Heimtali_vallavalitsus, lk 48
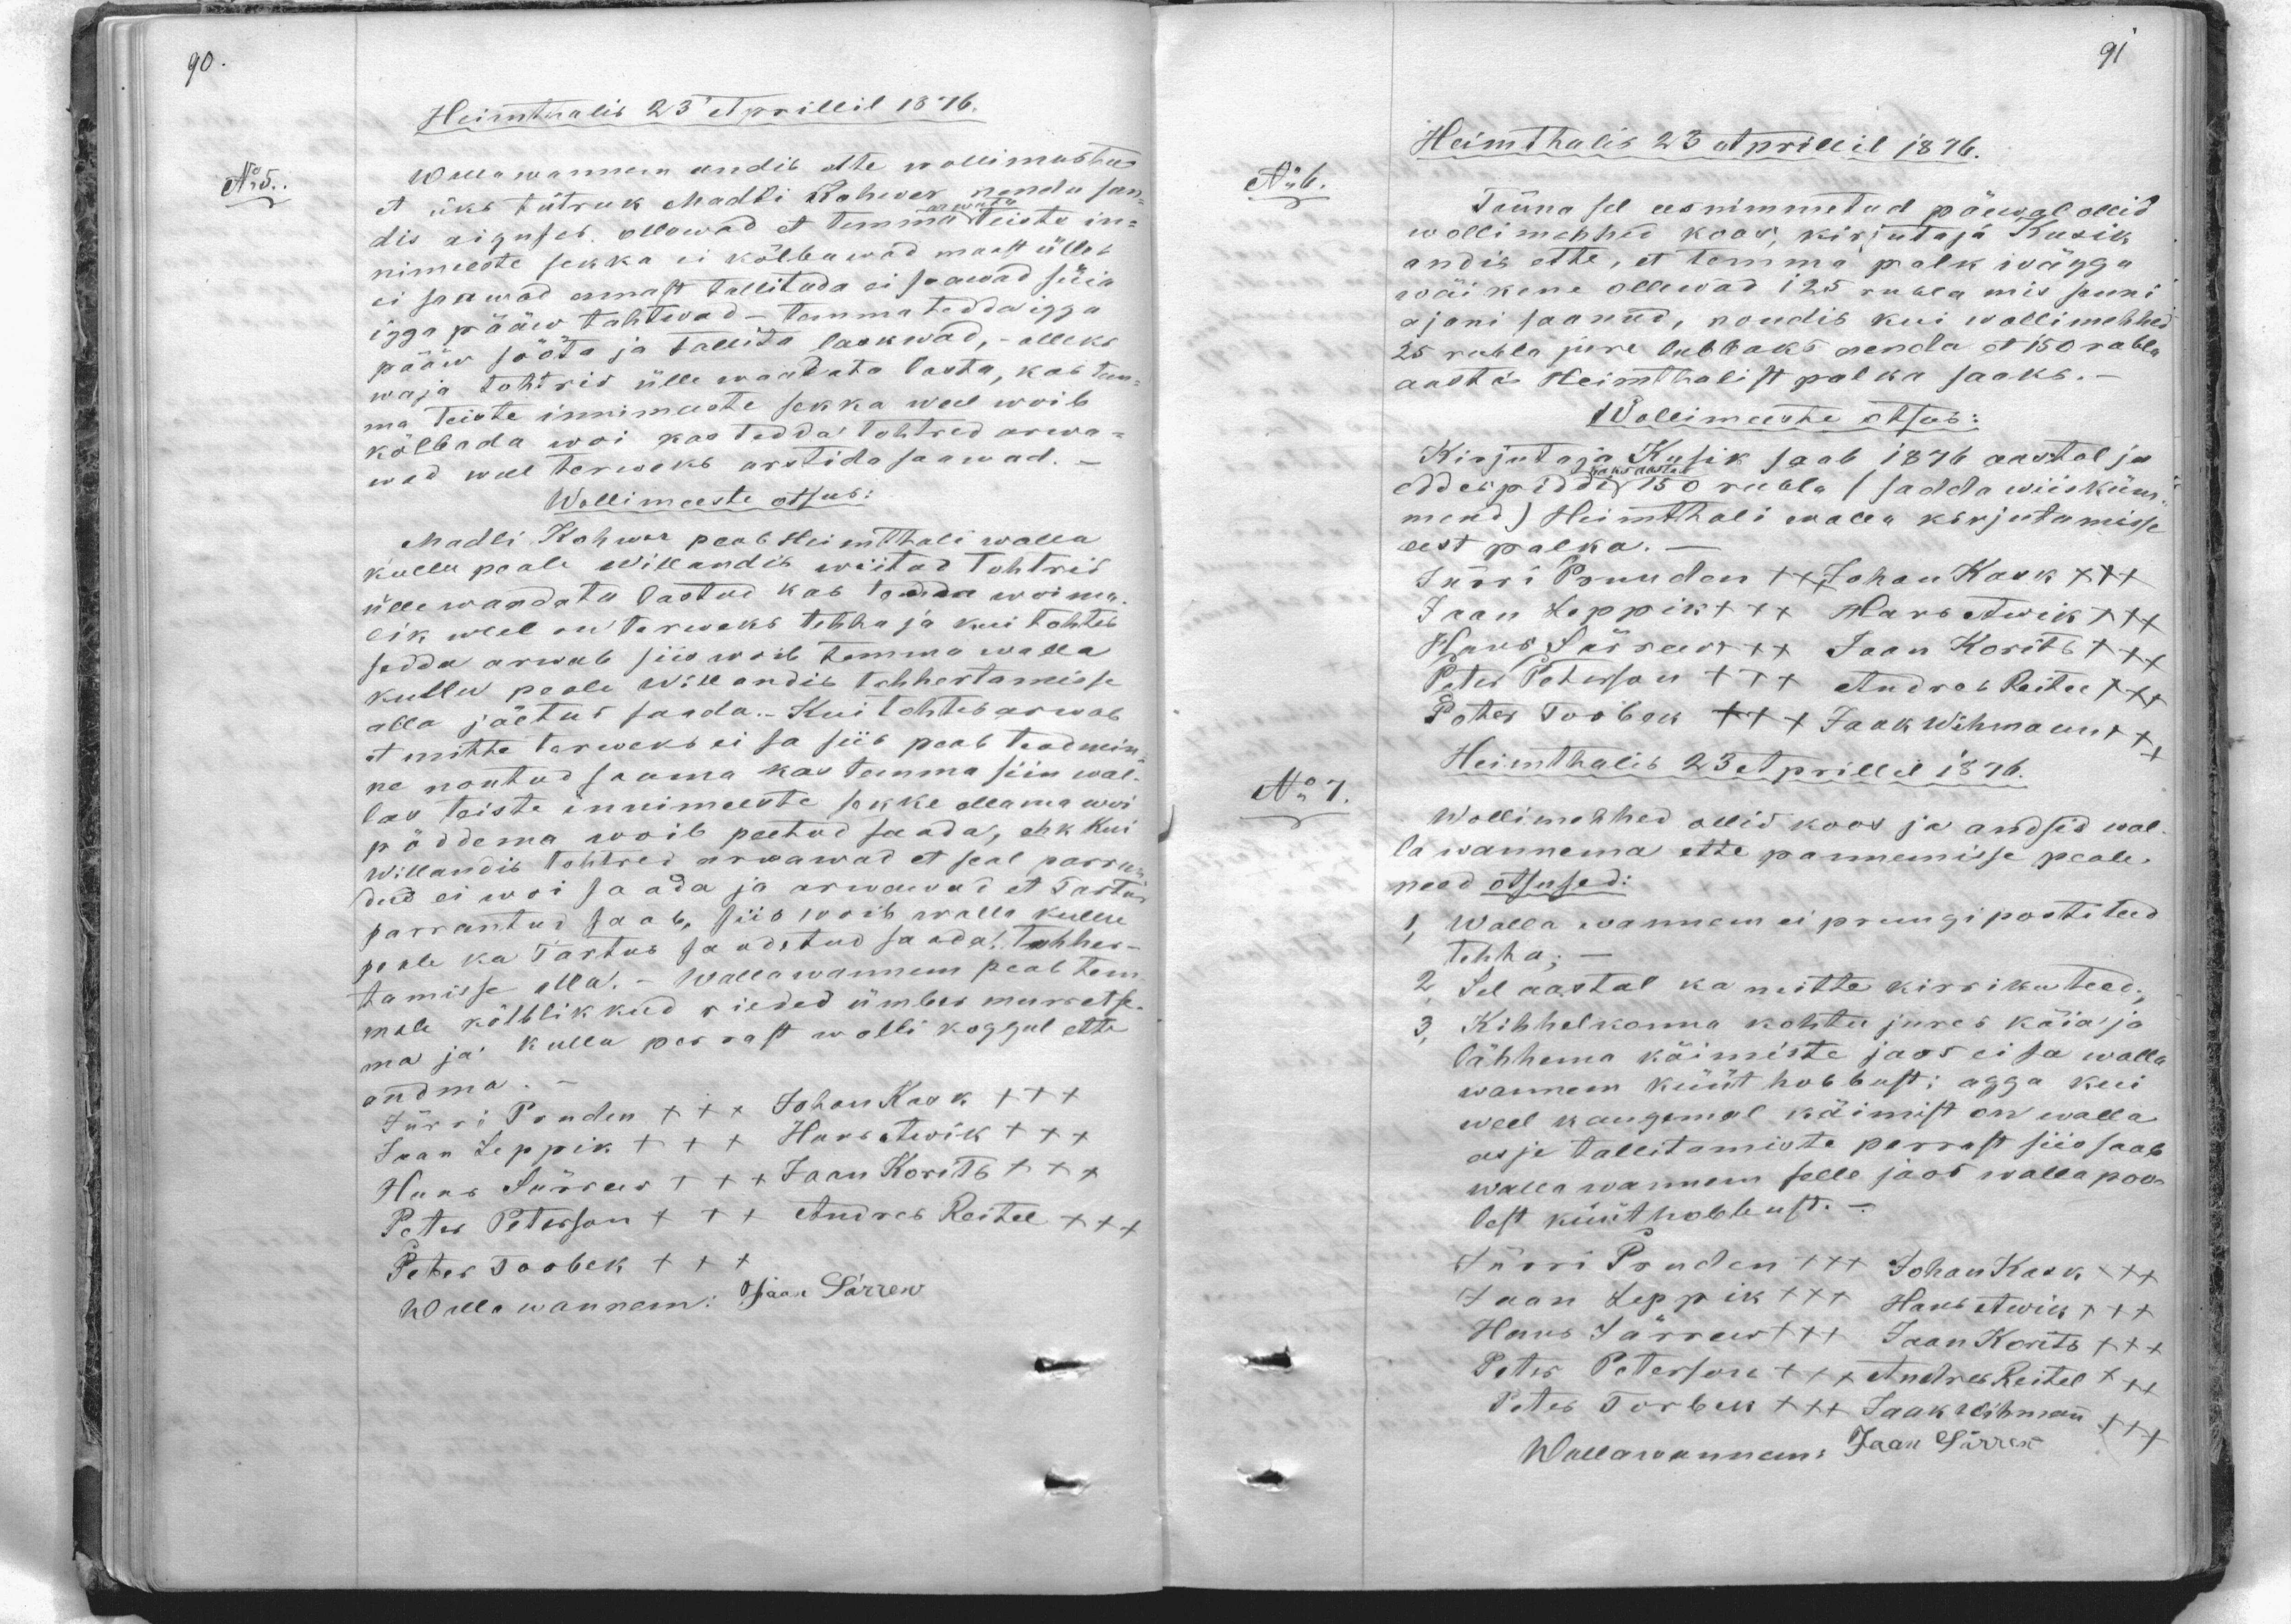
Heimthalis 23 Aprillil 1876.
No:5.
Wallawanem andib ette wollimestel
et üks tütruk Madli Kohwer nenda san-
dis aiguses, ollawad et temma teiste in-
nimmiste sekka ei kõlbawad maast ütleb
ei saawad ennast tallitada ei saawad süia
igga pääw tahtwad - temma tedda igga
pääw sööta ja tallita laskwad, - olleks
waja tohtrid ülle vadata lasta, kas tem-
ma teiste innimeeste sekka weel woib
kõlbada woi kas tedda tohtred arwa-
wad weel terweks arstida saawad.
Wollimeeste otsus.
Madli Kohwer peab Heimthali walla
kullu peale Willandis wiitas Tohtrid
ülelewaadatu lastud kas tedda woima-
lik weel on terweks tehha ja kui tohter
sedda arwab siis woib temma walla
kullu peale Willandis tohhertamisse
alla jäetud saada. Kui tohter arwab
et mitte tarweks ei sa siis peab teadmi-
ne noutud saama kas temma siin wal-
las teiste innimeeste sekke ollama woi
põddema woib peetud saada, ehk kui
Willandis tohtred arwawad et seal parran-
dud ei wõi saada ja arwawad et Tartus
parrantus saab, siis woib walla kullu
peale ka Tartus saadetud saada, tohher-
tamisse alla. - Wallawanem peab tem-
male kõlblikkud rieded ümber muretse-
ma ja kulla perrast wolli koggul ette
andma.
Jürri Truden +++ Johan Kask +++
Jaan Leppik +++ Hans Awik XXX
Hans Särew +++ Jaan Korits +++
Peter Peterson +++ +++ Andres Reitel XXX
Peter Toobek +++
Walla wannem: Jaan Särrew

Heimthalis 23 Aprillil 1876.
No 6.
Tänna sel ees nimmetud päewal ollid
wollimehhed koos, kirjutaja Kusik
andis ette, et temma palk wägga
wäikene ollewad 125 rubla mis seni
ajani saanud, noudis kui wollimehhed
25 rubla jure lubbaks anda et 150 rubla
aasta Heimthalist palka saaks.
Wollimeeste otsab:
Kirjutaja Kusik saab, 1876 aastal ja
eddas piddi 150 rubla (sada wiisküm-
mend) Heimthali walla kirjutamisse
eest palka.
Jürri Truuden +++ Johan Kask XXX
Jaan Leppikt xt. Hans Awik +++
Hans Särrew +++ Jaan Korits +++
Peter Peterson +++ Andres Reitel +++
Peter Toobek +++ Jaak Wihmann +++
Heimthalis 23 Aprillil 1876.
No 7.
Wollimehhed ollid koos ja andsid wal
la wannema ette pannemisse peale.
need otsused:
1. Walla wannem ei pruugi postiteed
tehha
2. Sel aastal ka mitte kirrikutead.
3. Kihhelkonna kohtu jures käia ja
lähhema käimiste jaos ei sa walla
wannem küüt hobbust; agga kui
weel kaugemal käimist on walla
asje tallitamiste perrast siis saab
wallawannem selle jaos walla poo-
lest küüt hobbust.
Jürri Truden +++ Johan Kask +++
Jaan Leppik XXX Hans Awik XXX
Hans Särrew +++ Jaan Korits +++
Peter Peterson +++ Andres Reitel +++
Peter Torbek +++ Jaak Wihman +++
Wallawanem: Jaan Särrew